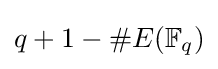
q+1-\#E(\mathbb {F} _{q})